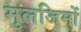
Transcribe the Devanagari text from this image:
मुलजिमों